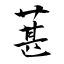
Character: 葚